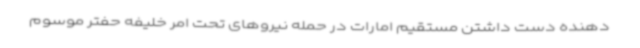
دهنده دست داشتن مستقیم امارات در حمله نیروهای تحت امر خلیفه حفتر موسوم